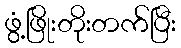
ဖွံ့ဖြိုးတိုးတက်ပြီး